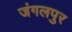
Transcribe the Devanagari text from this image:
जंगलपुर